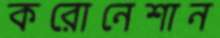
করোনেশান